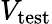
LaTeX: V_{\mathrm{test}}